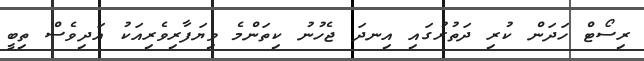
ރިސޯޓް ހަދަން ކުރި ދަތުރުގައި އިނދަ ޖެހުނު ކިތަންމެ ވިޔަފާރިވެރިއަކު އަދިވެސް ތިބީ